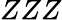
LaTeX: ZZZ